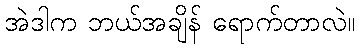
အဲဒါက ဘယ်အချိန် ရောက်တာလဲ။